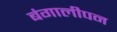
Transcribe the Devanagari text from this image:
बंगालीपन